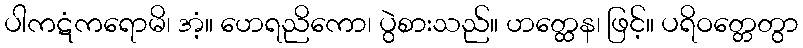
ပါကဋံကရောမိ၊ အံ့။ ဟေရညိကော၊ ပွဲစားသည်။ ဟတ္ထေန၊ ဖြင့်။ ပရိဝတ္တေတွာ